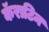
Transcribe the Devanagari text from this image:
कॅराटिन